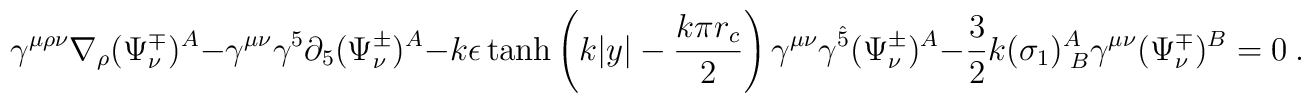
\gamma^{\mu\rho\nu}\nabla_{\rho}(\Psi^\mp_{\nu})^{A}-\gamma^{\mu\nu}\gamma^{5}\partial_{5}(\Psi^\pm_{\nu})^{A}-k\epsilon\tanh\left(k|y|-\frac{k\pi r_{c}}{2}\right)\gamma^{\mu\nu}\gamma^{\hat{5}}(\Psi^\pm_{\nu})^{A}-\frac{3}{2}k(\sigma_1)^{A}_{\;B}\gamma^{\mu\nu}(\Psi^\mp_{\nu})^{B}=0\ .